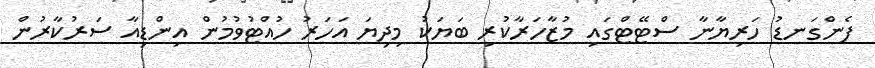
ފެންގަނޑު ހަރިޔާނާ ސްޓޭޓްގައި މުޒާހަރާކުރި ބަޔަކު މިދިޔަ އަހަރު ހުއްޓުވުމުން އިންޑިއާ ސަރުކާރުން